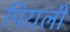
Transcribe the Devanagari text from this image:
पिराली